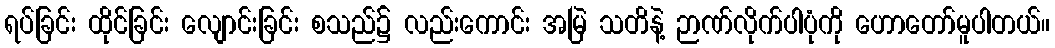
ရပ်ခြင်း ထိုင်ခြင်း လျောင်းခြင်း စသည်၌ လည်းကောင်း အမြဲ သတိနဲ့ ဉာဏ်လိုက်ပါပုံကို ဟောတော်မူပါတယ်။